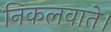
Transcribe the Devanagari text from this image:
निकलवाते।